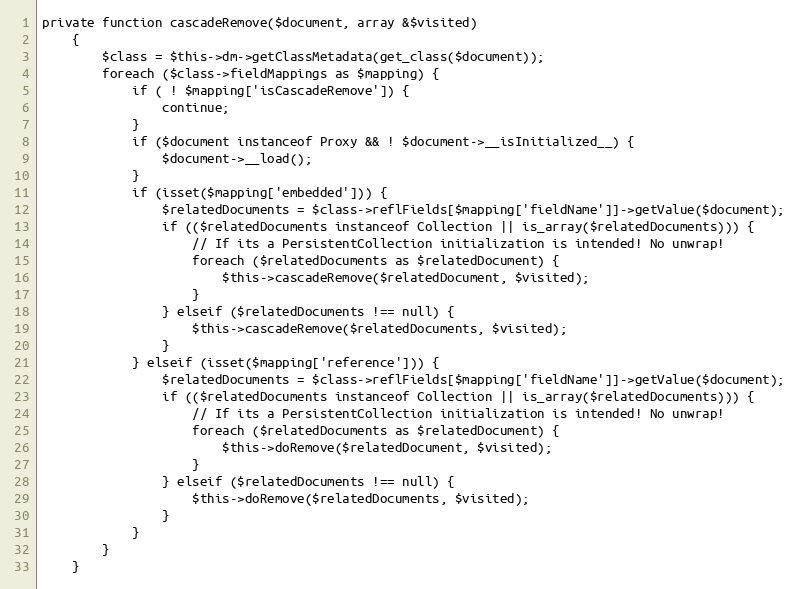
Language: PHP
private function cascadeRemove($document, array &$visited)
    {
        $class = $this->dm->getClassMetadata(get_class($document));
        foreach ($class->fieldMappings as $mapping) {
            if ( ! $mapping['isCascadeRemove']) {
                continue;
            }
            if ($document instanceof Proxy && ! $document->__isInitialized__) {
                $document->__load();
            }
            if (isset($mapping['embedded'])) {
                $relatedDocuments = $class->reflFields[$mapping['fieldName']]->getValue($document);
                if (($relatedDocuments instanceof Collection || is_array($relatedDocuments))) {
                    // If its a PersistentCollection initialization is intended! No unwrap!
                    foreach ($relatedDocuments as $relatedDocument) {
                        $this->cascadeRemove($relatedDocument, $visited);
                    }
                } elseif ($relatedDocuments !== null) {
                    $this->cascadeRemove($relatedDocuments, $visited);
                }
            } elseif (isset($mapping['reference'])) {
                $relatedDocuments = $class->reflFields[$mapping['fieldName']]->getValue($document);
                if (($relatedDocuments instanceof Collection || is_array($relatedDocuments))) {
                    // If its a PersistentCollection initialization is intended! No unwrap!
                    foreach ($relatedDocuments as $relatedDocument) {
                        $this->doRemove($relatedDocument, $visited);
                    }
                } elseif ($relatedDocuments !== null) {
                    $this->doRemove($relatedDocuments, $visited);
                }
            }
        }
    }